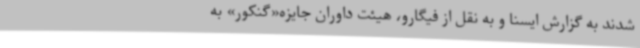
شدند به گزارش ایسنا و به نقل از فیگارو، هیئت داوران جایزه«گنکور» به